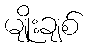
မျိုးချစ်